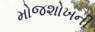
મોજશોખની